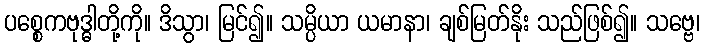
ပစ္စေကဗုဒ္ဓါတို့ကို။ ဒိသွာ၊ မြင်၍။ သမ္ပိယာ ယမာနာ၊ ချစ်မြတ်နိုး သည်ဖြစ်၍။ သဗ္ဗေ၊